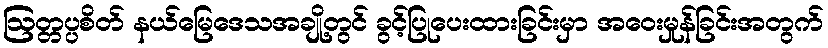
ဩတ္တပ္ပစိတ် နယ်မြေဒေသအချို့တွင် ခွင့်ပြုပေးထားခြင်းမှာ အဝေးမှုန်ခြင်းအတွက်